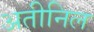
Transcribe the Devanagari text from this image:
अतीनिल